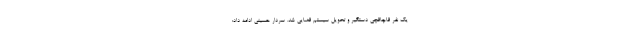
یک نفر قاچاقچی دستگیر و تحویل سیستم قضایی شد. سردار حسینی ادامه داد: